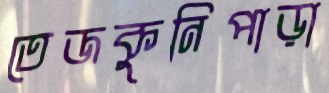
তেজকুনিপাড়া